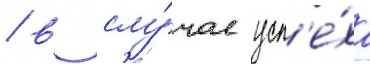
/ в слу́чае усп'е́ха